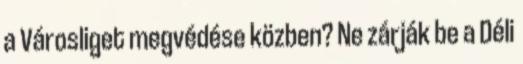
a Városliget megvédése közben? Ne zárják be a Déli